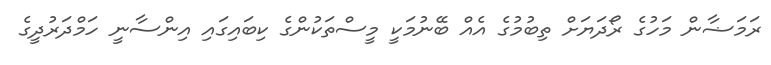
ރަމަޟާން މަހުގެ ރޯދަޔަށް ތިބުމުގެ އެއް ބޭނުމަކީ މީސްތަކުންގެ ކިބައިގައި އިންސާނީ ހަމްދަރުދީގެ